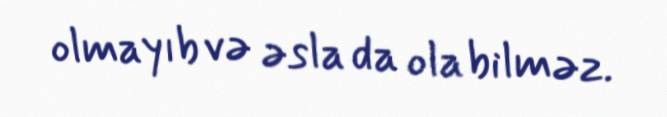
olmayıb və əsla da ola bilməz.